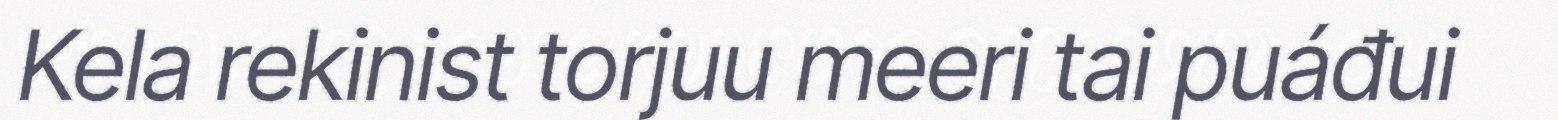
Kela rekinist torjuu meeri tai puáđui